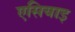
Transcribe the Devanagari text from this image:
एसियाइ